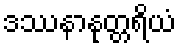
ဒဿနာနုတ္တရိယံ